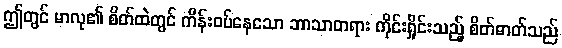
ဤတွင် မာလု၏ စိတ်ထဲတွင် ကိန်းဝပ်နေသော ဘာသာတရား ကိုင်းရှိုင်းသည့် စိတ်ဓာတ်သည်